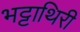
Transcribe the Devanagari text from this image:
भट्टाथिरी